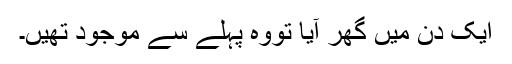
ایک دن میں گھر آیا تووہ پہلے سے موجود تھیں۔